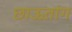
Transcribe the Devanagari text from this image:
छाऊतांग